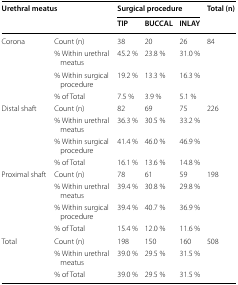
| <ROWSPAN=2-COLSPAN=2> Urethral meatus | <COLSPAN=3> Surgical procedure | <ROWSPAN=2> Total (n) |
 | TIP | BUCCAL | INLAY |
 | --- | --- | --- | --- | --- | --- |
 | <ROWSPAN=4> Corona | Count (n) | 38 | 20 | 26 | 84 |
 | % Within urethral meatus | 45.2 % | 23.8 % | 31.0 % |  |
 | % Within surgical procedure | 19.2 % | 13.3 % | 16.3 % |  |
 | % of Total | 7.5 % | 3.9 % | 5.1 % |  |
 | <ROWSPAN=4> Distal shaft | Count (n) | 82 | 69 | 75 | 226 |
 | % Within urethral meatus | 36.3 % | 30.5 % | 33.2 % |  |
 | % Within surgical procedure | 41.4 % | 46.0 % | 46.9 % |  |
 | % of Total | 16.1 % | 13.6 % | 14.8 % |  |
 | <ROWSPAN=4> Proximal shaft | Count (n) | 78 | 61 | 59 | 198 |
 | % Within urethral meatus | 39.4 % | 30.8 % | 29.8 % |  |
 | % Within surgical procedure | 39.4 % | 40.7 % | 36.9 % |  |
 | % of Total | 15.4 % | 12.0 % | 11.6 % |  |
 | <ROWSPAN=3> Total | Count (n) | 198 | 150 | 160 | 508 |
 | % Within urethral meatus | 39.0 % | 29.5 % | 31.5 % |  |
 | % of Total | 39.0 % | 29.5 % | 31.5 % |  |